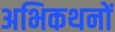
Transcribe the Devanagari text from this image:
अभिकथनों